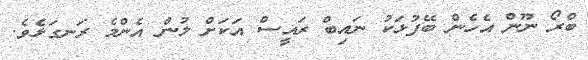
ބްރޯ ނޫން އެހެން ބޭފުޅަކު ނައިބް ރައީސް އަކަށް ލުން އެންމެ ރަނގަޅެވެ.